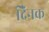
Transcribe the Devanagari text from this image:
दैिनक